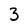
Character: 3